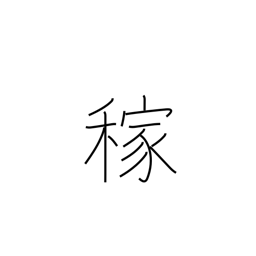
Meaning: earnings